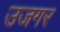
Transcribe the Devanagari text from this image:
उजगर